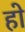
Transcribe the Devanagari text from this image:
हाे